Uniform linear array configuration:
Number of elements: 64
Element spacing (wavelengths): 1
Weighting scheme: kaiser
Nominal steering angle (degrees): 15
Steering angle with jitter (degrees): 16.534
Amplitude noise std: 0.05
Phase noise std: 0.05

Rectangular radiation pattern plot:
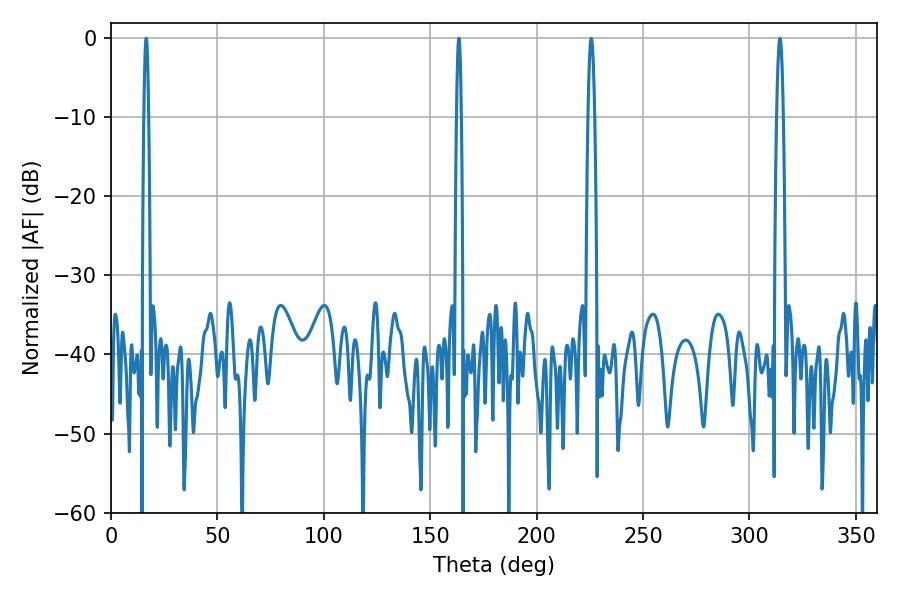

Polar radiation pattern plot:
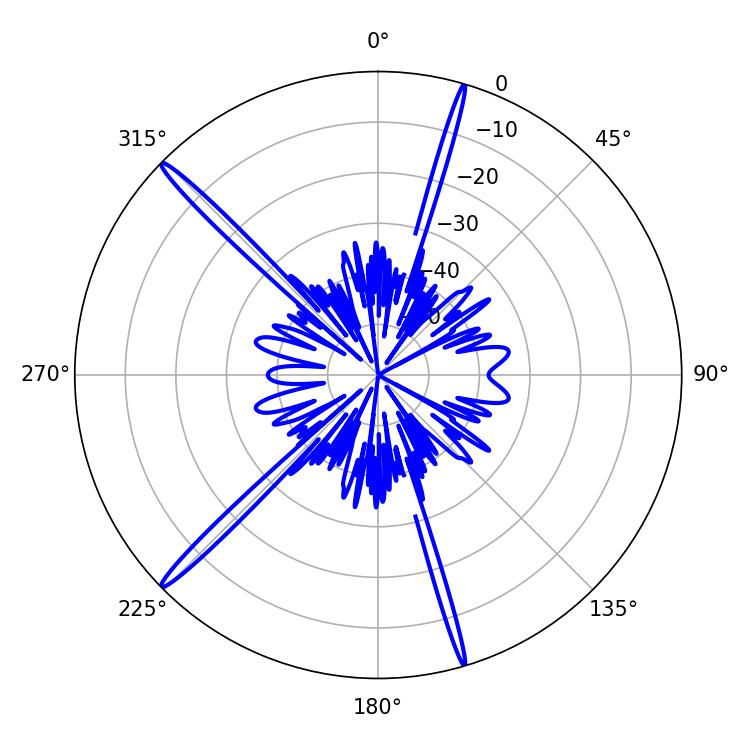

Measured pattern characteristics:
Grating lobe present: TRUE
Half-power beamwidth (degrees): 1.08
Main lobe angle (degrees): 16.56